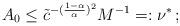
LaTeX: \begin{align*}A_0 \leq \tilde c^{-(\frac{1-\alpha}{\alpha})^2} M^{-1} =: \nu^\ast\,;\end{align*}